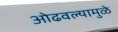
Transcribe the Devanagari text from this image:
ओढवल्यामुळे